Medical and sanitary report of the native army of Bengal for the year
Year: 1875
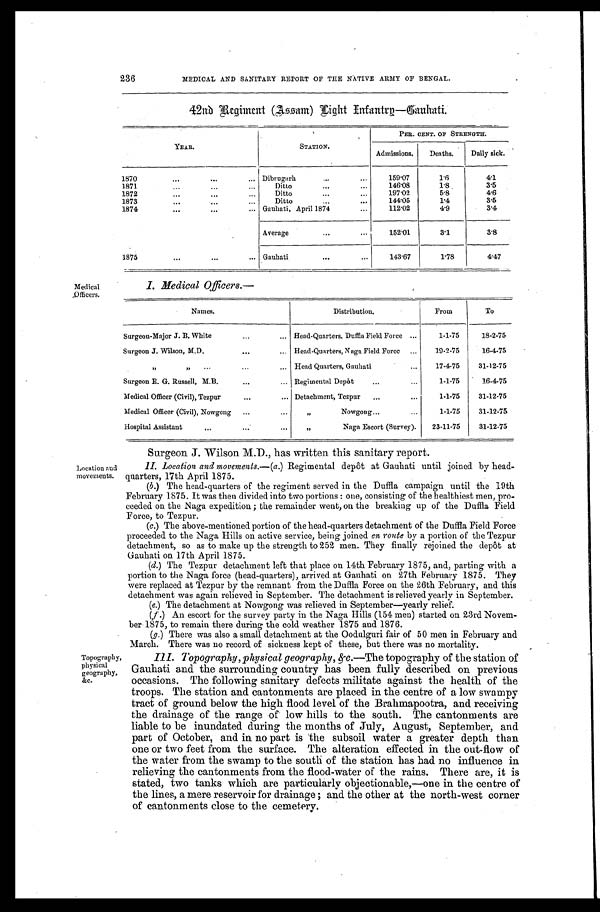
236
MEDICAL AND SANITARY REPORT OF THE NATIVE ARMY OF BENGAL.
Medical
_Officers.
42nd Regiment (Assam) Light Infantry—Gauhati.
YEAR.
STATION.
PER. CENT. OF STRENGTH.
Admissions.
Deaths.
Daily sick.
1870
Dibrugarh
159.07
1.6
4.1
1871
Ditto
146.08
1.8
3.5
1872
Ditto
197.02
5.8
4.6
1873
Ditto
144.05
1.4
3.5
1874
Gauhati, April 1874
112.02
4.9
3.4
Average
152.01
3.1
3.8
1875
Gauhati
143.67
1.78
4.47
I. Medical Officers.—
Names.
Distribution.
From
To
Surgeon-Major J. B. White
Head-Quarters, Duffla Field Force
1-1-75
18-2-75
Surgeon J. Wilson, M.D.
Head-Quarters, Naga Field Force
19-2-75
16-4-75
Head Quarters, Gauhati
17-4-75
31-12-75
Surgeon E. G. Russell, M.B.
Regimental Depôt
1-1-75
16-4-75
Medical Officer (Civil), Tezpur
Detachment, Tezpur
1-1-75
31-12-75
Medical Officer (Civil), Nowgong
Nowgong
1-1-75
31-12-75
Hospital Assistant
„ Naga Escort (Survey).
23-11-75
31-12-75
Location and
movements.
Topography ,
physical
geography,
&c.
Surgeon J. Wilson M.D., has written this sanitary report.
II. Location and movements.— (a.) Regimental depôt at Gauhati until joined by head
-
quarters, 17th April 1875.
(b.) The head-quarters of the regiment served in the Duffla campaign until the 19th
February 1875. It was then divided into two portions: one, consisting of the healthiest men, pro-
ceeded on the Naga expedition; the remainder went, on the breaking up of the Duffla Field
Force, to Tezpur.
(c.) The above-mentioned portion of the head-quarters detachment of the Duffla Field Force
proceeded to the Naga Hills on active service, being joined en route by a portion of the Tezpur
detachment, so as to make up the strength to 252 men. They finally rejoined the depôt at
Gauhati on 17th April 1875.
(d.) The Tezpur detachment left that place on 14th February 1875, and, parting with a
portion to the Naga force (head-quarters), arrived at Gauhati on 27th February 1875. They
were replaced at Tezpur by the remnant from the Duffla Force on the 26th February, and this
detachment was again relieved in September. The detachment is relieved yearly in September.
(e.) The detachment at Nowgong was relieved in September—yearly relief.
(f.) An escort for the survey party in the Naga Hills (154 men) started on 23rd Novem-
ber 1875, to remain there during the cold weather 1875 and 1876.
(g. ) There was also a small detachment at the Oodulguri fair of 50 men in February and
March. There was no record. of sickness kept of these, but there was no mortality.
III. Topography, physical geography, &c.—The topography of the station of
Gauhati and the surrounding country has been fully described on previous
occasions. The following sanitary defects militate against the health of the
troops. The station and cantonments are placed in the centre of a low swampy
tract of ground below the high flood level of the Brahmapootra, and receiving
the drainage of the range of low hills to the south. The cantonments are
liable to be inundated during the months of July, August, September, and
part of October, and in no part is the subsoil water a greater depth than
one or two feet from the surface. The alteration effected in the out-flow of
the water from the swamp to the south of the station has had no influence in
relieving the cantonments from the flood-water of the rains. There are, it is
stated, two tanks which are particularly objectionable,—one in the centre of
the lines, a mere reservoir for drainage; and the other at the north-west corner
of cantonments close to the cemetery.